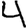
Digit: 4